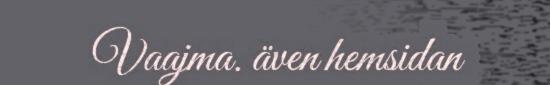
Vaajma. även hemsidan